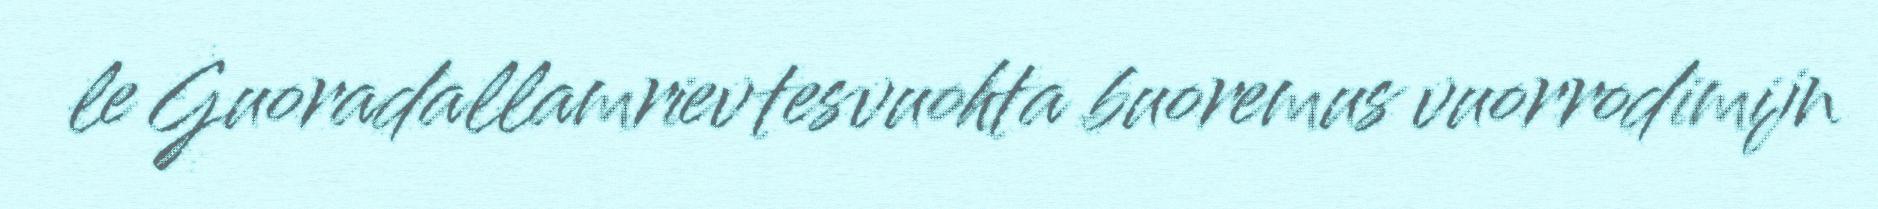
le Guoradallamrievtesvuohta buoremus vuorrodimijn